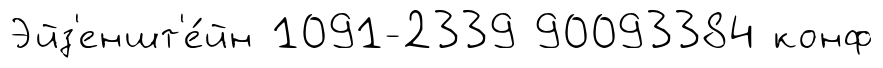
Эйз'еншт'е́йн 1091-2339 90093384 конф